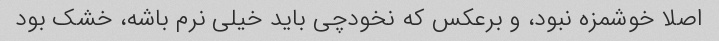
اصلا خوشمزه نبود، و برعکس که نخودچی باید خیلی نرم باشه، خشک بود